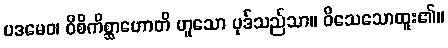
ပဒမေဝ၊ ဝိစိကိစ္ဆာဟောတိ ဟူသော ပုဒ်သည်သာ။ ဝိသေသောထူး၏။